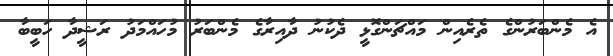
އެ މެންބަރުންގެ ތެރެއިން މައްޗަންގޮޅީ ދެކުނު ދާއިރާގެ މެންބަރު މުހައްމަދު ރަޝީދާ ހަބީބާ